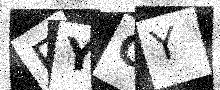
Text: EYOY